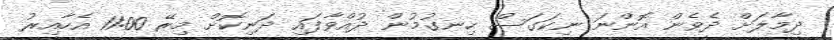
ދިމާލަށް ދެވެން އޮންނަ ނިކަގަސް ހިނގުމުން ދުއްވާފައި ދަނިކޮށް މިރޭ 11:00 އެހާއިރު